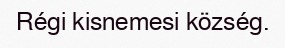
Régi kisnemesi község.